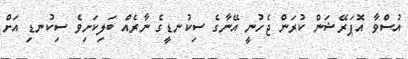
އުސްވާ އޮޕަރޭޝަން ކުރަން ޖެހުނީ އޭނާގެ ސިކުނޑީގެ ނާރެއް ބަލިކަށިވެ ސިކުނޑި އަށް